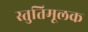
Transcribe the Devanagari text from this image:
स्तुतिमूलक